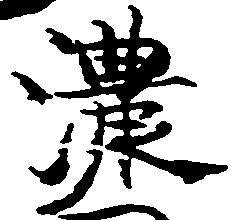
濃